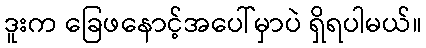
ဒူးက ခြေဖနောင့်အပေါ်မှာပဲ ရှိရပါမယ်။